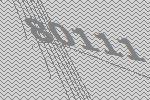
80111